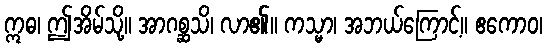
ဣဓ၊ ဤအိမ်သို့။ အာဂစ္ဆသိ၊ လာ၏။ ကသ္မာ၊ အဘယ်ကြောင့်။ ဧကောဝ၊